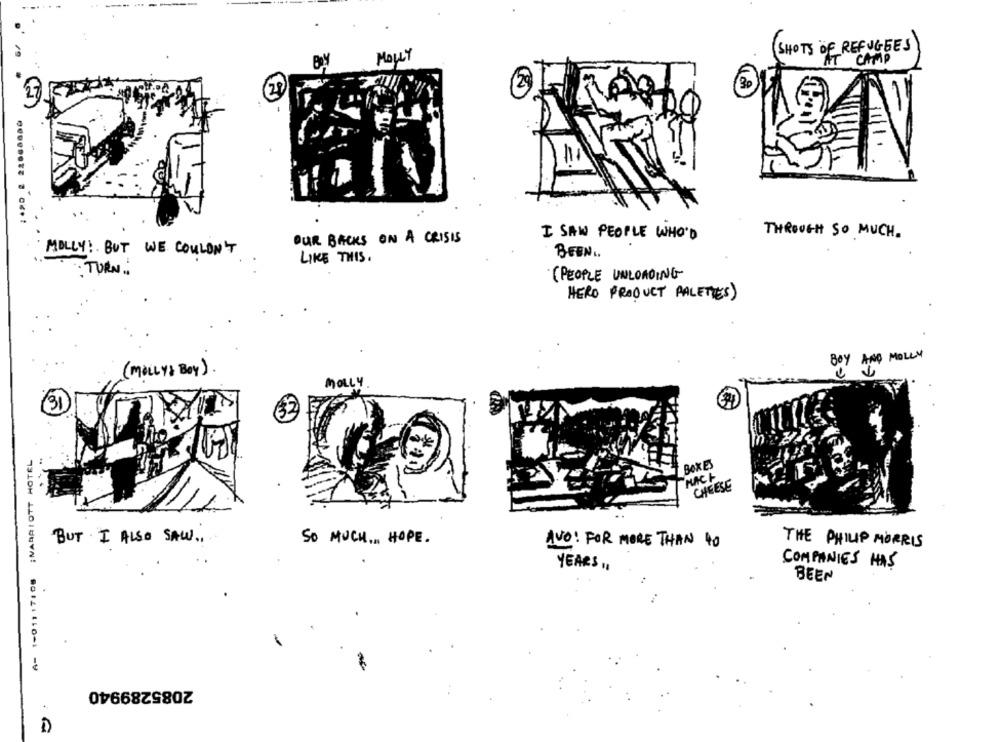
SHOTS OF REFUGEES
MOLLY
CAMP
29
30
I SAW PEOPLE WHO'D
THROUGH SO MUCH.
OUR BACKS ON A CRISIS
MOLLY! BUT WE COULDN'T
LIKE THIS.
BEEN ..
. TURN.
(PEOPLE UNLOADING
HERO PRODUCT PALETTES)
BOY AND MOLLY
(MOLLY& BOY ).
MOLLY
31
A- 1-01117:08 ;MARRIOTT HOTEL
BOXES
NACH
CHEESE
BUT I ALSO SAW ..
SO MUCH ... HOPE.
THE PHILIP MORRIS
AVO: FOR MORE THAN 4O
YEARS"
COMPANIES HAS
BEEN
2085289940
1)